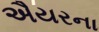
ઐયરના